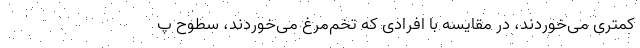
کمتری می‌خوردند، در مقایسه با افرادی که تخم‌مرغ می‌خوردند، سطوح پ